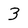
Character: 3